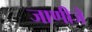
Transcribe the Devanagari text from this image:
जाणीजे